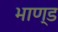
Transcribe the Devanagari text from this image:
भाण्ड